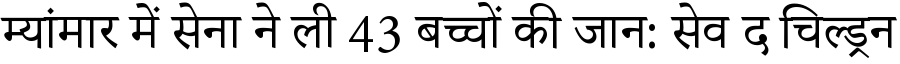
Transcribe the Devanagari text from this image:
म्यांमार में सेना ने ली 43 बच्चों की जान: सेव द चिल्ड्रन